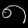
Digit: ၈